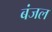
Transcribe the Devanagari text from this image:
बंजल